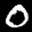
Digit: 0